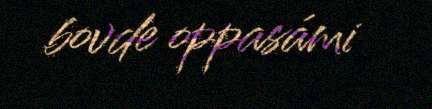
bovde oppasámi